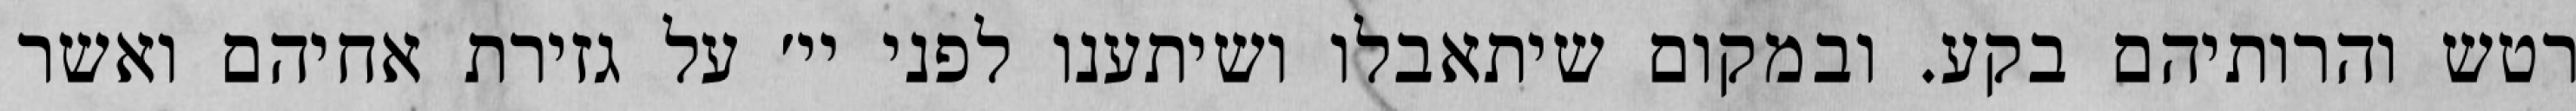
רטש והרותיהם בקע. ובמקום שיתאבלו ושיתענו לפני יי׳ על גזירת אחיהם ואשר